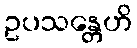
ဥပသန္တေဟိ